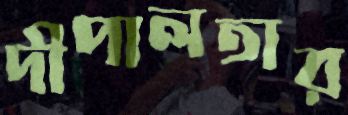
দীপালতার